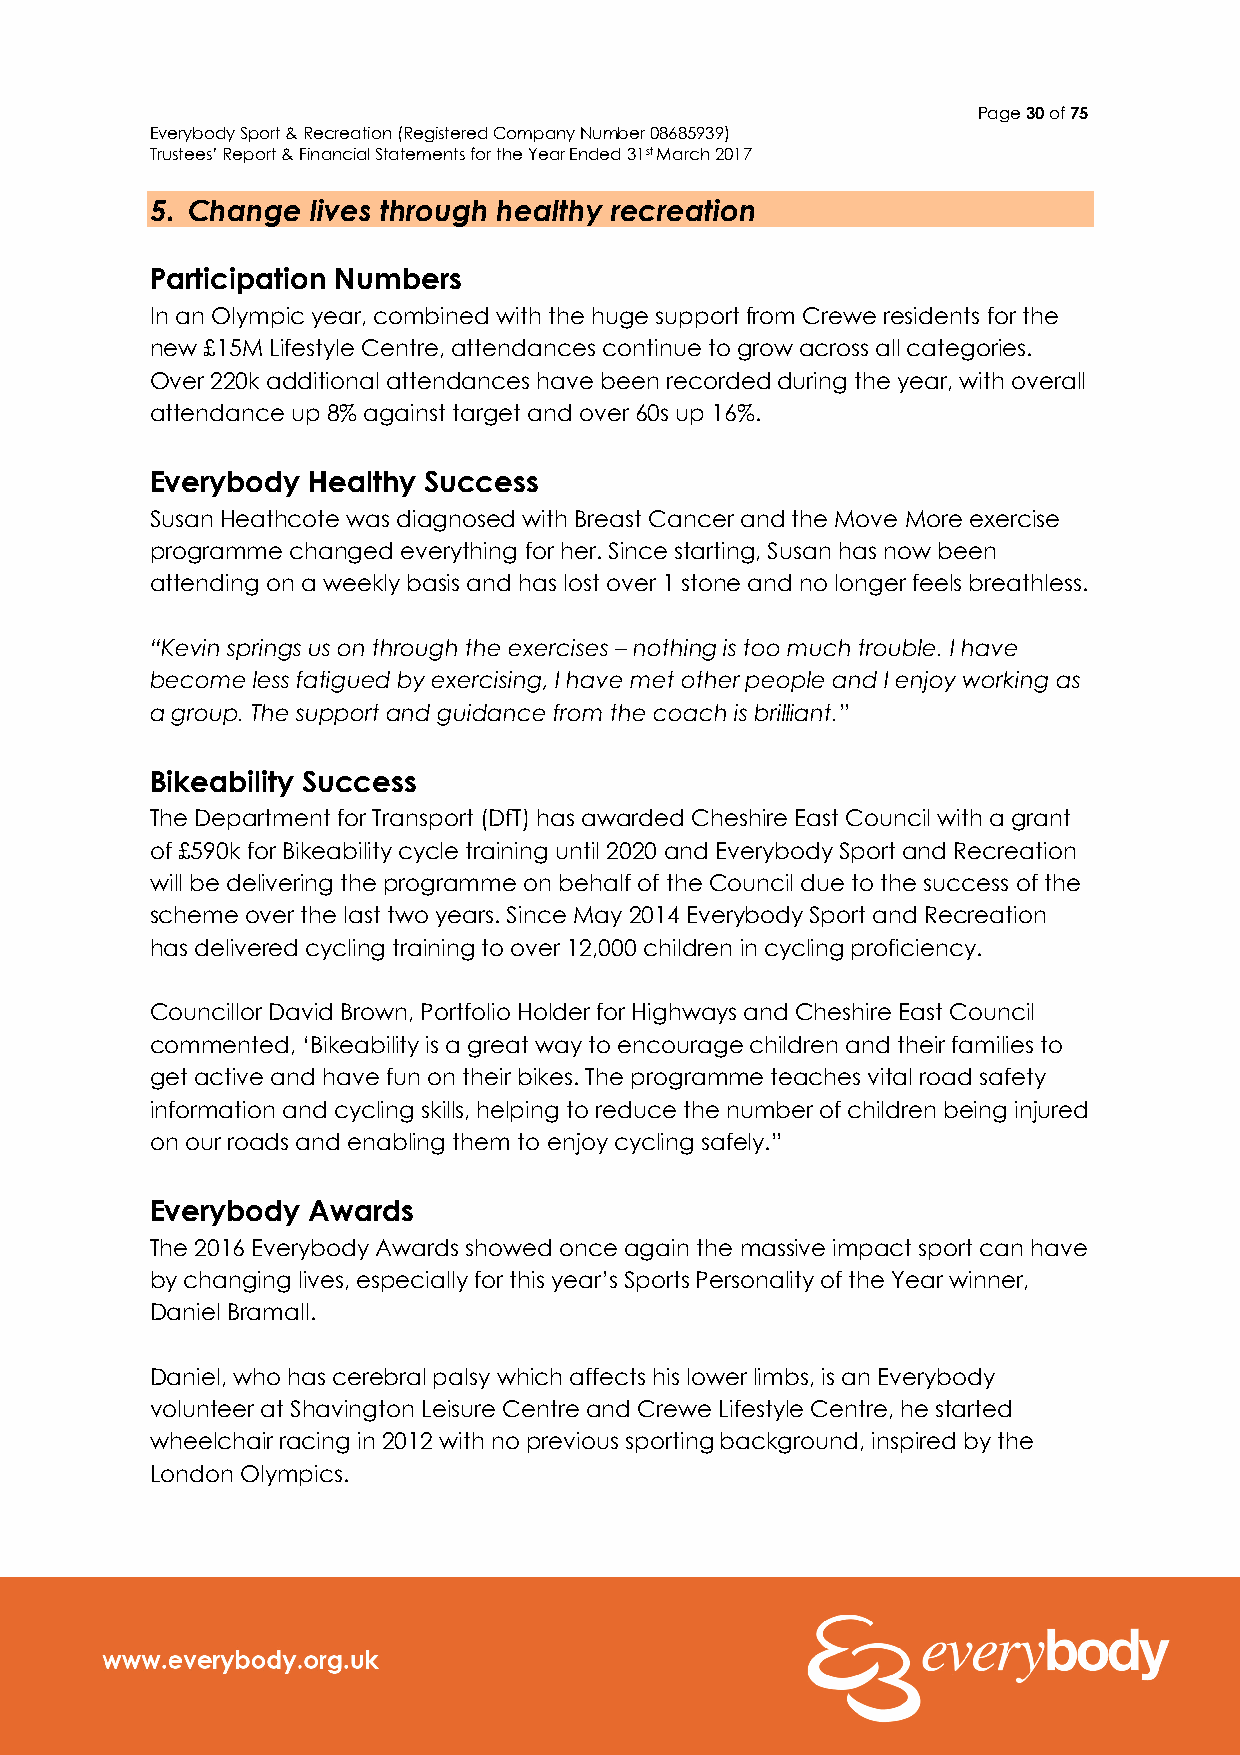
Page 30 of 75
 Everybody Sport & Recreation (Registered Company Number 08685939)
 Trustees’ Report & Financial Statements for the Year Ended 31st March 2017
 5. Change  lives through healthy recreation
 Participation Numbers
 In an Olympic year, combined with the huge support from Crewe residents for the
 new £15M Lifestyle Centre, attendances continue to grow across all categories.
 Over 220k additional attendances have been recorded during the year, with overall
 attendance up 8% against target and over 60s up 16%.
 Everybody Healthy Success
 Susan Heathcote was diagnosed with Breast Cancer and the Move More exercise
 programme changed everything for her. Since starting, Susan has now been
 attending on a weekly basis and has lost over 1 stone and no longer feels breathless.
 “Kevin springs us on through the exercises – nothing is too much trouble. I have
 become less fatigued by exercising, I have met other people and I enjoy working as
 a group. The support and guidance from the coach is brilliant.”
 Bikeability Success
 The Department for Transport (DfT) has awarded Cheshire East Council with a grant
 of £590k for Bikeability cycle training until 2020 and Everybody Sport and Recreation
 will be delivering the programme on behalf of the Council due to the success of the
 scheme over the last two years. Since May 2014 Everybody Sport and Recreation
 has delivered cycling training to over 12,000 children in cycling proficiency.
 Councillor David Brown, Portfolio Holder for Highways and Cheshire East Council
 commented, ‘Bikeability is a great way to encourage children and their families to
 get active and have fun on their bikes. The programme teaches vital road safety
 information and cycling skills, helping to reduce the number of children being injured
 on our roads and enabling them to enjoy cycling safely.”
 Everybody Awards
 The 2016 Everybody Awards showed once again the massive impact sport can have
 by changing lives, especially for this year’s Sports Personality of the Year winner,
 Daniel Bramall.
 Daniel, who has cerebral palsy which affects his lower limbs, is an Everybody
 volunteer at Shavington Leisure Centre and Crewe Lifestyle Centre, he started
 wheelchair racing in 2012 with no previous sporting background, inspired by the
 London Olympics.